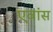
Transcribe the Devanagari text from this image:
एवांस